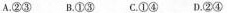
A.②③B.①③C.①④D.②④